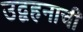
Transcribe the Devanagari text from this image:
उद्वहनाची